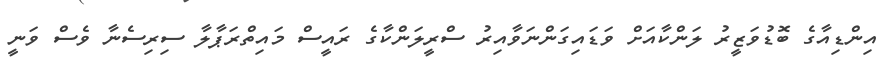
އިންޑިއާގެ ބޮޑުވަޒީރު ލަންކާއަށް ވަޑައިގަންނަވާއިރު ސްރީލަންކާގެ ރައީސް މައިތްރަޕާލާ ސިރިސެނާ ވެސް ވަނީ